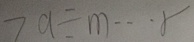
7 9 \div m \cdots 8